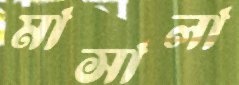
মাসালা